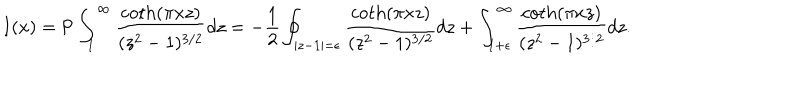
LaTeX: I ( x ) = \mathrm { P } \int _ { 1 } ^ { \infty } \frac { \coth ( \pi x z ) } { ( z ^ { 2 } - 1 ) ^ { 3 / 2 } } d z = - \frac { 1 } { 2 } \oint _ { | z - 1 | = \epsilon } \frac { \coth ( \pi x z ) } { ( z ^ { 2 } - 1 ) ^ { 3 / 2 } } d z + \int _ { 1 + \epsilon } ^ { \infty } \frac { \coth ( \pi x z ) } { ( z ^ { 2 } - 1 ) ^ { 3 / 2 } } d z .